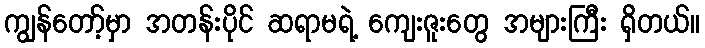
ကျွန်တော့်မှာ အတန်းပိုင် ဆရာမရဲ့ ကျေးဇူးတွေ အများကြီး ရှိတယ်။